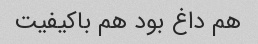
هم داغ بود هم باکیفیت